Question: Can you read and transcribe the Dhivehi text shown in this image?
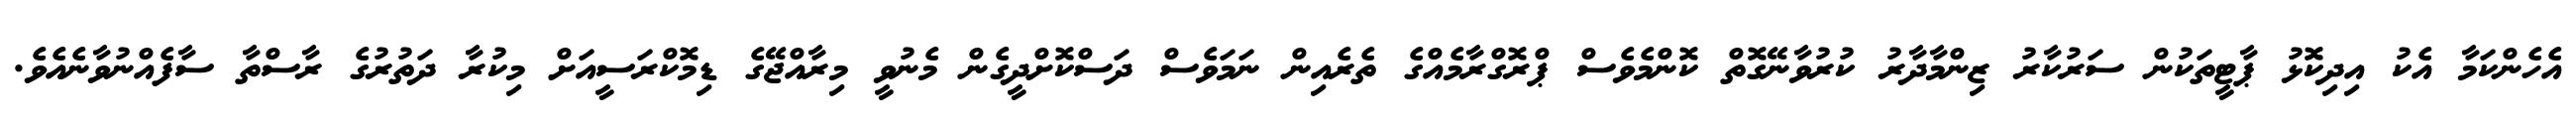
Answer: އެހެންކަމާ އެކު އިދިކޮޅު ޕާޓީތަކުން ސަރުކާރު ޒިންމާދާރު ކުރުވާނޭގޮތް ކޮންމެވެސް ޕްރޮގްރާމެއްގެ ތެރެއިން ނަމަވެސް ދަސްކޮށްދީގެން މެނުވީ މިރާއްޖޭގެ ޑިމޮކްރަސީއަށް މިކުރާ ދަތުރުގެ ރާސްތާ ސާފެއްނުވާނެއެވެ.